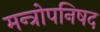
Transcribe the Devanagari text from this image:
मन्त्रोपनिषद